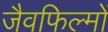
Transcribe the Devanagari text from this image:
जैवफिल्मों